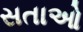
સતાઓ